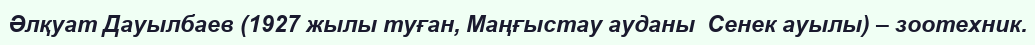
Әлқуат Дауылбаев (1927 жылы туған, Маңғыстау ауданы  Сенек ауылы) – зоотехник.